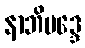
နာဘိမဒ္ဒေ